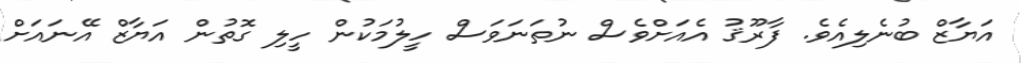
އަޔާޒް ބުނެލިއެވެ. ފާރޫޤު އެއަށްވެސް ނުތަނަވަސް ހީލުމަކުން ހީލި ގޮތުން އަޔާޒް އޭނައަށް